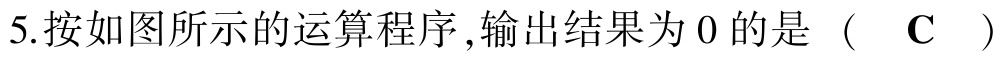
5.按如图所示的运算程序,输出结果为 0 的是（ C ）